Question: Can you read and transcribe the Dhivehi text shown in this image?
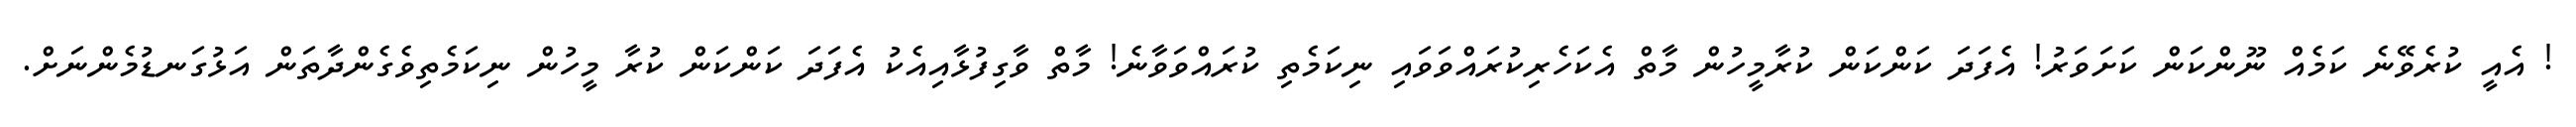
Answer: ! އެއީ ކުރެވޭނެ ކަމެއް ނޫންކަން ކަށަވަރު! އެފަދަ ކަންކަން ކުރާމީހުން މާތް އެކަހެރިކުރައްވަވައި ނިކަމެތި ކުރައްވަވާނެ! މާތް ވާގިފުޅާއިއެކު އެފަދަ ކަންކަން ކުރާ މީހުން ނިކަމެތިވެގެންދާތަން އަޅުގަނޑުމެންނަށް.